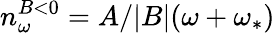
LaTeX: n_{\omega}^{B<0}=A/|B|(\omega+\omega_{*})